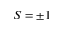
S = \pm 1